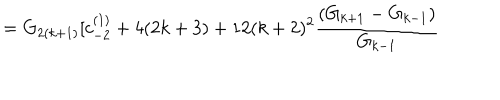
= G _ { 2 ( k + 1 ) } [ c _ { - 2 } ^ { ( 1 ) } + 4 ( 2 k + 3 ) + 1 2 ( k + 2 ) ^ { 2 } \frac { ( G _ { k + 1 } - G _ { k - 1 } ) } { G _ { k - 1 } }